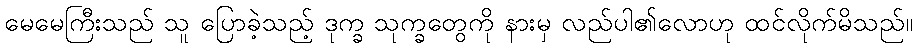
မေမေကြီးသည် သူ ပြောခဲ့သည့် ဒုက္ခ သုက္ခတွေကို နားမှ လည်ပါ၏လောဟု ထင်လိုက်မိသည်။